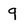
Character: g